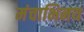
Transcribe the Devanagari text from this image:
मंचाभिनय